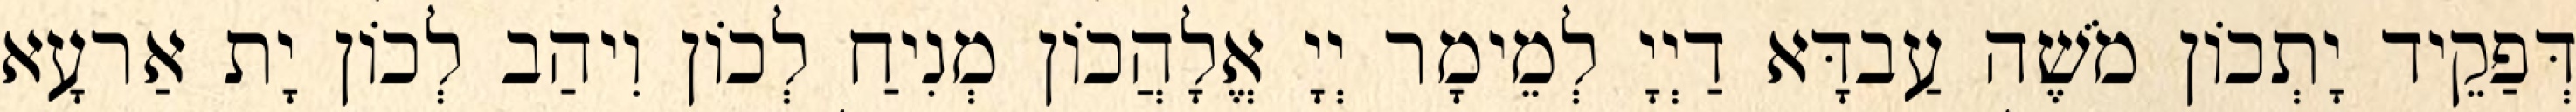
דְּפַקֵיד יָתְכוֹן מֹשֶׁה עַבדָּא דַיְיָ לְמֵימָר יְיָ אֱלָהֲכוֹן מְנִיחַ לְכוֹן וִיהַב לְכוֹן יָת אַרעָא